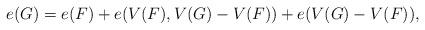
LaTeX: \begin{align*}e(G)=e( F )+e(V(F),V(G)- V(F) )+e(V(G)- V(F) ),\end{align*}